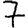
Digit: 7